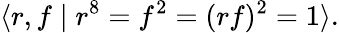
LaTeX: \langle r,f\mid r^{8}=f^{2}=(rf)^{2}=1\rangle.